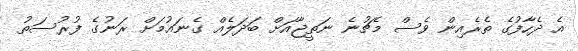
އެ ދެހާފުގެ ތެރެއިން ވެސް މެޗުނެ ނަތީޖާއަށް ބަދަލެއް ގެނައުމަށް ރަނުގެ ފުރުސަތު